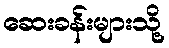
ဆေးခန်းများသို့